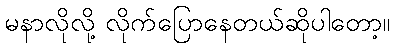
မနာလိုလို့ လိုက်ပြောနေတယ်ဆိုပါတော့။